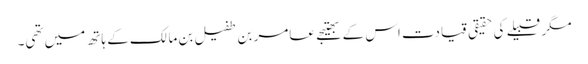
مگر قبیلے کی حقیقی قیادت اس کے بھتیجے عامر بن طفیل بن مالک کے ہاتھ میں تھی۔